Indian journal of veterinary science and animal husbandry - Volumes 18-21, 1948-1951
Year: 1948
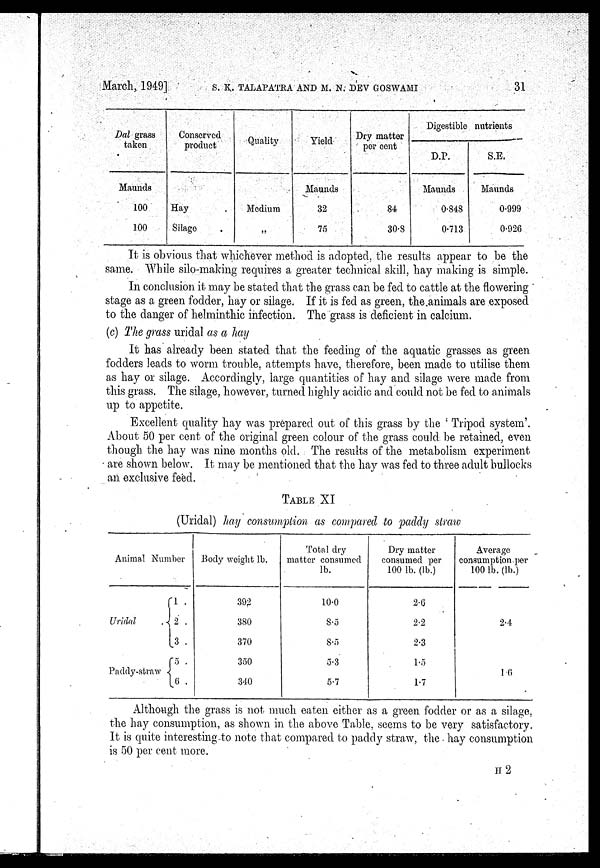
March, 1949] S. K. TALAPATRA AND M. N. DEV GOSWAMI 31
Dal grass
taken
Maunds
100
100
Conserved
product
Hay .
Silage .
Quality
Medium
„
Yield
Maunds
32
75
Dry matter
per cent
84
30.8
Digestible
D.P.
Maunds
0.848
0.713
nutrients
S.E.
Maunds
0.999
0.926
It is obvious that whichever method is adopted, the results appear to be the
same. While silo-making requires a greater technical skill, hay making is simple.
In conclusion it may be stated that the grass can be fed to cattle at the flowering
stage as a green fodder, hay or silage. If it is fed as green, the animals are exposed
to the danger of helminthic infection. The grass is deficient in calcium.
(c) The grass uridal as a hay
It has already been stated that the feeding of the aquatic grasses as green
fodders leads to worm trouble, attempts have, therefore, been made to utilise them
as hay or silage. Accordingly, large quantities of hay and silage were made from
this grass. The silage, however, turned highly acidic and could not be fed to animals
up to appetite.
Excellent quality hay was prepared out of this grass by the 'Tripod system'.
About 50 per cent of the original green colour of the grass could be retained, even
though the hay was nine months old. The results of the metabolism experiment
are shown below. It may be mentioned that the hay was fed to three adult bullocks
an exclusive feed.
TABLE XI
(Uridal) hay consumption as compared to paddy straw
Animal Number
Uridal
Paddy-straw
1 .
2
3 .
5 .
6 .
Body weight lb.
392
380
370
350
340
Total dry
matter consumed
lb.
10.0
8.5
8.5
5.3
5.7
Dry matter
consumed per
100 lb. (lb.)
2.6
2.2
2.3
1.5
1.7
Average
consumption per
100 lb. (lb.)
2.4
1.6
Although the grass is not much eaten either as a green fodder or as a silage,
the hay consumption, as shown in the above Table, seems to be very satisfactory.
It is quite interesting to note that compared to paddy straw, the hay consumption
is 50 per cent more.
H 2